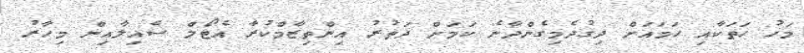
މަހު ހަތަކާއި ހަމައަށް ދިގުދެމިގެންދާނެ ކަމަށް ދަތުރު އިންތިޒާމްކުރާ އެޓޯލް ސެއިލާއިން މިހާރު